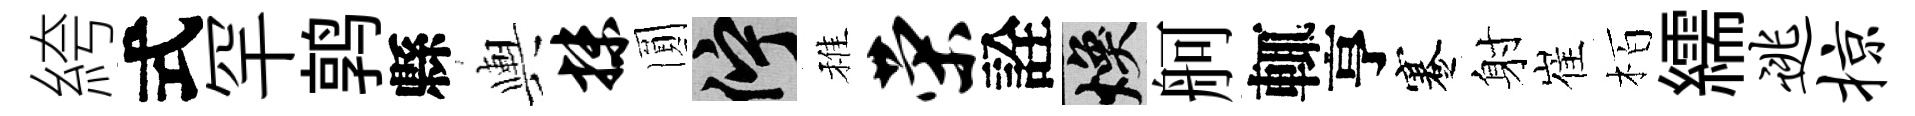
絝式罕鹑縣輿抹圎伫稚荣詮焕舸輒亨蹇射崔栢繻逃掠